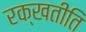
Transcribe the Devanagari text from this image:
रक्खतीति